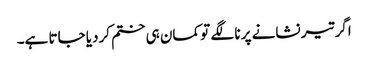
اگر تیر نشانے پر نا لگے تو کمان ہی ختم کردیا جاتا ہے۔